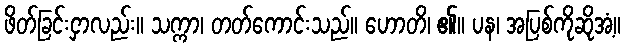
ဖိတ်ခြင်းငှာလည်း။ သက္ကာ၊ တတ်ကောင်းသည်။ ဟောတိ၊ ၏။ ပန၊ အပြစ်ကိုဆိုအံ့။